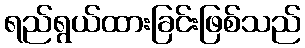
ရည်ရွယ်ထားခြင်းဖြစ်သည်